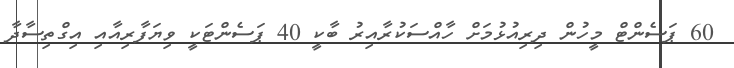
60 ޕަސެންޓް މީހުން ދިރިއުޅުމަށް ހާއްސަކުރާއިރު ބާކީ 40 ޕަސެންޓަކީ ވިޔަފާރިއާއި އިގްތިސާދާ